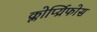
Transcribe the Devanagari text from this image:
क्लोर्प्य्रिफोस